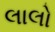
લાલો